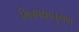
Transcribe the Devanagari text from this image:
भिन्नपक्षानुगण